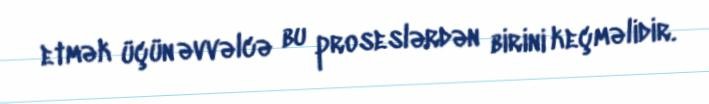
etmək üçün əvvəlcə bu proseslərdən birini keçməlidir.